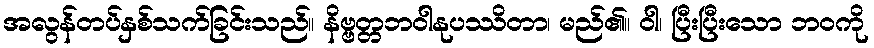
အလွန်တပ်နှစ်သက်ခြင်းသည်။ နိဗ္ဗတ္တဘဝါနုပဿိတာ၊ မည်၏။ ဝါ၊ ပြီးပြီးသော ဘဝကို